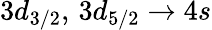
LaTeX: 3d_{3/2},\, 3d_{5/2}\rightarrow 4s